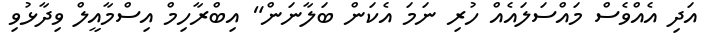
އަދި އެއްވެސް މައްސަލައެއް ހުރި ނަމަ އެކަން ބަލާނަން" އިބްރާހިމް އިސްމާއީލް ވިދާޅުވި